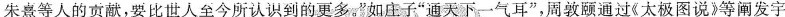
朱熹等人的贡献，要比世人至今所认识到的更多。”如庄子”通天下一气耳”，周敦颐通过《太极图说》等阐发宇